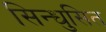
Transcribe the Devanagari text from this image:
सिन्धुसित